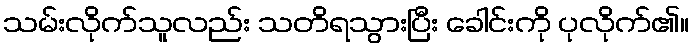
သမ်းလိုက်သူလည်း သတိရသွားပြီး ခေါင်းကို ပုလိုက်၏။